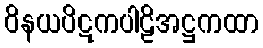
ဝိနယပိဋကပါဠိအဋ္ဌကထာ